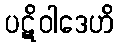
ပဋိဝါဒေဟိ